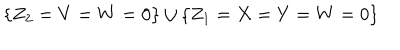
\{ Z _ { 2 } = V = W = 0 \} \cup \{ Z _ { 1 } = X = Y = W = 0 \}